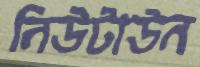
নিউটাউন